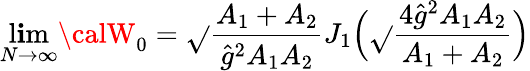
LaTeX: \operatorname*{l\mathbf{i}m}_{N\to\infty}{\calW}_{0}=\sqrt{}{{\frac{{A_{1}+A_{2}}}{{\hat{{g}}^{2}A_{1}A_{2}}}}}J_{1}\Bigl(\sqrt{}{{\frac{{4\hat{{g}}^{2}A_{1}A_{2}}}{{A_{1}+A_{2}}}}}\Bigr)